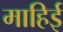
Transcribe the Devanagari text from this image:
माहिई